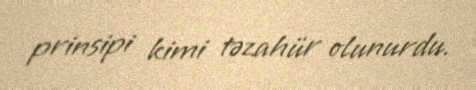
prinsipi kimi təzahür olunurdu.